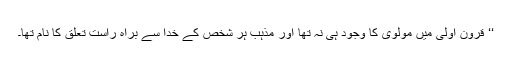
‘‘ قرون اولیٰ میں مولوی کا وجود ہی نہ تھا اور مذہب ہر شخص کے خدا سے براہ راست تعلق کا نام تھا۔